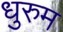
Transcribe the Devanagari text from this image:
धुरुम